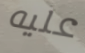
عليه